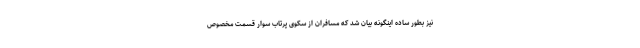
نیز بطور ساده اینگونه بیان شد که مسافران از سکوی پرتاب سوار قسمت مخصوص